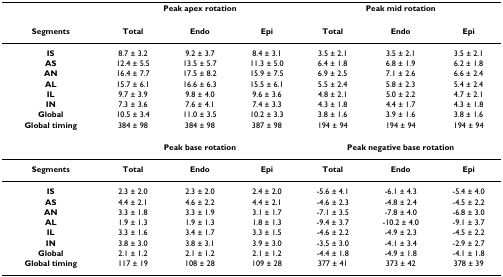
<table><thead><tr><td></td><td colspan="3"><b>Peak apex rotation</b></td><td colspan="3"><b>Peak mid rotation</b></td></tr></thead><tbody><tr><td><b>Segments</b></td><td><b>Total</b></td><td><b>Endo</b></td><td><b>Epi</b></td><td><b>Total</b></td><td><b>Endo</b></td><td><b>Epi</b></td></tr><tr><td><b>IS</b></td><td>8.7 ± 3.2</td><td>9.2 ± 3.7</td><td>8.4 ± 3.1</td><td>3.5 ± 2.1</td><td>3.5 ± 2.1</td><td>3.5 ± 2.1</td></tr><tr><td><b>AS</b></td><td>12.4 ± 5.5</td><td>13.5 ± 5.7</td><td>11.3 ± 5.0</td><td>6.4 ± 1.8</td><td>6.8 ± 1.9</td><td>6.2 ± 1.8</td></tr><tr><td><b>AN</b></td><td>16.4 ± 7.7</td><td>17.5 ± 8.2</td><td>15.9 ± 7.5</td><td>6.9 ± 2.5</td><td>7.1 ± 2.6</td><td>6.6 ± 2.4</td></tr><tr><td><b>AL</b></td><td>15.7 ± 6.1</td><td>16.6 ± 6.3</td><td>15.5 ± 6.1</td><td>5.5 ± 2.4</td><td>5.8 ± 2.3</td><td>5.4 ± 2.4</td></tr><tr><td><b>IL</b></td><td>9.7 ± 3.9</td><td>9.8 ± 4.0</td><td>9.6 ± 3.6</td><td>4.8 ± 2.1</td><td>5.0 ± 2.2</td><td>4.7 ± 2.1</td></tr><tr><td><b>IN</b></td><td>7.3 ± 3.6</td><td>7.6 ± 4.1</td><td>7.4 ± 3.3</td><td>4.3 ± 1.8</td><td>4.4 ± 1.7</td><td>4.3 ± 1.8</td></tr><tr><td><b>Global</b></td><td>10.5 ± 3.4</td><td>11.0 ± 3.5</td><td>10.2 ± 3.3</td><td>3.8 ± 1.6</td><td>3.9 ± 1.6</td><td>3.8 ± 1.6</td></tr><tr><td><b>Global timing</b></td><td>384 ± 98</td><td>384 ± 98</td><td>387 ± 98</td><td>194 ± 94</td><td>194 ± 94</td><td>194 ± 94</td></tr><tr><td></td><td colspan="3"><b>Peak base rotation</b></td><td colspan="3"><b>Peak negative base rotation</b></td></tr><tr><td><b>Segments</b></td><td><b>Total</b></td><td><b>Endo</b></td><td><b>Epi</b></td><td><b>Total</b></td><td><b>Endo</b></td><td><b>Epi</b></td></tr><tr><td><b>IS</b></td><td>2.3 ± 2.0</td><td>2.3 ± 2.0</td><td>2.4 ± 2.0</td><td>-5.6 ± 4.1</td><td>-6.1 ± 4.3</td><td>-5.4 ± 4.0</td></tr><tr><td><b>AS</b></td><td>4.4 ± 2.1</td><td>4.6 ± 2.2</td><td>4.4 ± 2.1</td><td>-4.6 ± 2.3</td><td>-4.8 ± 2.4</td><td>-4.5 ± 2.2</td></tr><tr><td><b>AN</b></td><td>3.3 ± 1.8</td><td>3.3 ± 1.9</td><td>3.1 ± 1.7</td><td>-7.1 ± 3.5</td><td>-7.8 ± 4.0</td><td>-6.8 ± 3.0</td></tr><tr><td><b>AL</b></td><td>1.9 ± 1.3</td><td>1.9 ± 1.3</td><td>1.8 ± 1.3</td><td>-9.4 ± 3.7</td><td>-10.2 ± 4.0</td><td>-9.1 ± 3.7</td></tr><tr><td><b>IL</b></td><td>3.3 ± 1.6</td><td>3.4 ± 1.7</td><td>3.3 ± 1.5</td><td>-4.6 ± 2.2</td><td>-4.9 ± 2.3</td><td>-4.5 ± 2.2</td></tr><tr><td><b>IN</b></td><td>3.8 ± 3.0</td><td>3.8 ± 3.1</td><td>3.9 ± 3.0</td><td>-3.5 ± 3.0</td><td>-4.1 ± 3.4</td><td>-2.9 ± 2.7</td></tr><tr><td><b>Global</b></td><td>2.1 ± 1.2</td><td>2.1 ± 1.2</td><td>2.1 ± 1.2</td><td>-4.4 ± 1.8</td><td>-4.9 ± 1.8</td><td>-4.1 ± 1.8</td></tr><tr><td><b>Global timing</b></td><td>117 ± 19</td><td>108 ± 28</td><td>109 ± 28</td><td>377 ± 41</td><td>373 ± 42</td><td>378 ± 39</td></tr></tbody></table>